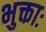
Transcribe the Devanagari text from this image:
भुक्ताः